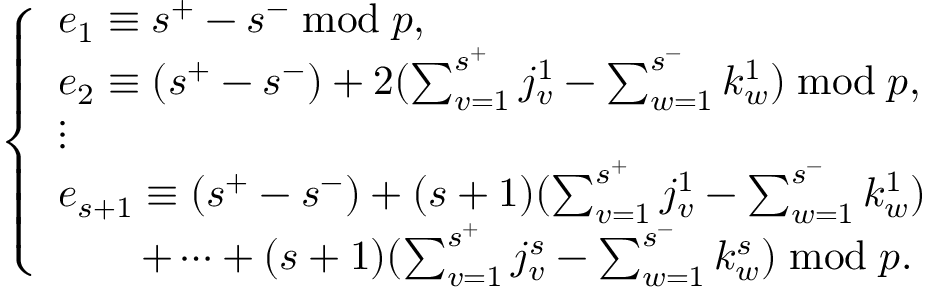
\left\{ \begin{array} { l l } { e _ { 1 } \equiv s ^ { + } - s ^ { - } \bmod p , } \\ { e _ { 2 } \equiv ( s ^ { + } - s ^ { - } ) + 2 ( \sum _ { v = 1 } ^ { s ^ { + } } j _ { v } ^ { 1 } - \sum _ { w = 1 } ^ { s ^ { - } } k _ { w } ^ { 1 } ) \bmod p , } \\ { \vdots } \\ { e _ { s + 1 } \equiv ( s ^ { + } - s ^ { - } ) + ( s + 1 ) ( \sum _ { v = 1 } ^ { s ^ { + } } j _ { v } ^ { 1 } - \sum _ { w = 1 } ^ { s ^ { - } } k _ { w } ^ { 1 } ) } \\ { \qquad + \dotsm + ( s + 1 ) ( \sum _ { v = 1 } ^ { s ^ { + } } j _ { v } ^ { s } - \sum _ { w = 1 } ^ { s ^ { - } } k _ { w } ^ { s } ) \bmod p . } \end{array} \right.